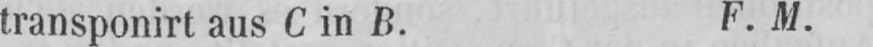
transponirt aus C in B. F. M.